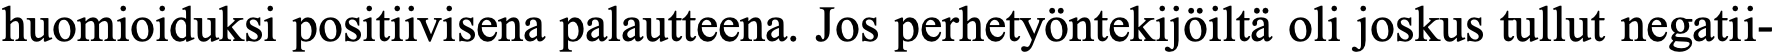
huomioiduksi positiivisena palautteena. Jos perhetyöntekijöiltä oli joskus tullut negatii-